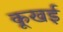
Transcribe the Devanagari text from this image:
कूखई